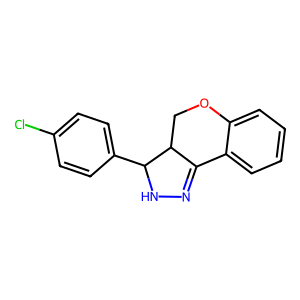
SMILES: Clc1ccc(C2NN=C3c4ccccc4OCC32)cc1
Inhibits HIV replication: No